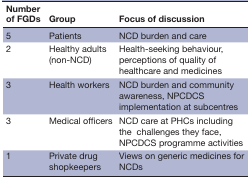
| Number of FGDs | Group | Focus of discussion |
 | --- | --- | --- |
 | 5 | Patients | NCD burden and care |
 | 2 | Healthy adults (non-NCD) | Health-seeking behaviour, perceptions of quality of healthcare and medicines |
 | 3 | Health workers | NCD burden and community awareness, NPCDCS implementation at subcentres |
 | 3 | Medical officers | NCD care at PHCs including the challenges they face, NPCDCS programme activities |
 | 1 | Private drug shopkeepers | Views on generic medicines for NCDs |